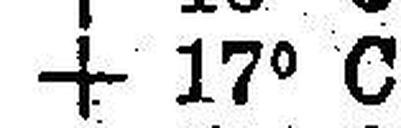
+ 17° C